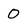
Character: 0